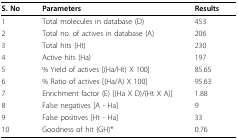
| S. No | Parameters | Results |
 | --- | --- | --- |
 | 1 | Total molecules in database (D) | 453 |
 | 2 | Total no. of actives in database (A) | 206 |
 | 3 | Total hits (Ht) | 230 |
 | 4 | Active hits (Ha) | 197 |
 | 5 | % Yield of actives [(Ha/Ht) X 100] | 85.65 |
 | 6 | % Ratio of actives [(Ha/A) X 100] | 95.63 |
 | 7 | Enrichment factor (E) [(Ha X D)/(Ht X A)] | 1.88 |
 | 8 | False negatives [A - Ha] | 9 |
 | 9 | False positives [Ht - Ha] | 33 |
 | 10 | Goodness of hit (GH)* | 0.76 |